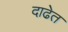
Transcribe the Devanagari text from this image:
दाढेत